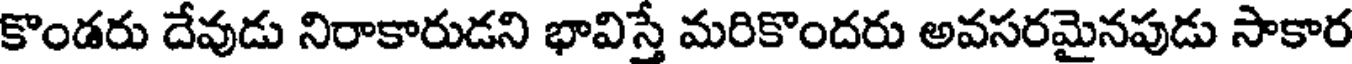
కొండరు దేవుడు నిరాకారుడని భావిస్తే మరికొందరు అవసరమైనపుడు సాకార